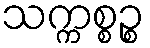
သက္ကစ္စဉ္စ